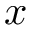
x